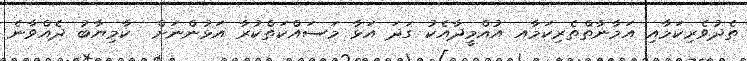
ތެދުވެރިކަމާއި އަމާނާތްތެރިކަމާއ އުއްމީދާއެކު ގަދަ އަޅާ މަސައްކަތްކުރާ އަޅުންނަށް  ކާމިޔާބު ދެއްވާނެ